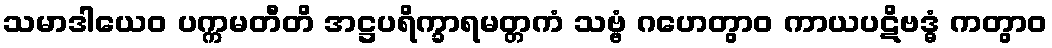
သမာဒါယေဝ ပက္ကမတီတိ အဋ္ဌပရိက္ခာရမတ္တကံ သဗ္ဗံ ဂဟေတွာဝ ကာယပဋိဗဒ္ဓံ ကတွာဝ